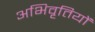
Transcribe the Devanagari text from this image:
अभिवृतियों